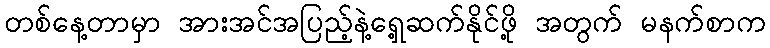
တစ်နေ့တာမှာ အားအင်အပြည့်နဲ့ရှေ့ဆက်နိုင်ဖို့ အတွက် မနက်စာက